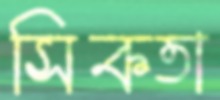
সিকতা